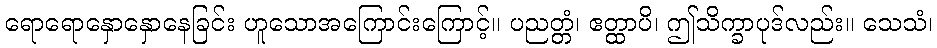
ရောရောနှောနှောနေခြင်း ဟူသောအကြောင်းကြောင့်။ ပညတ္တံ၊ ဧတ္ထာပိ၊ ဤသိက္ခာပုဒ်လည်း။ သေသံ၊